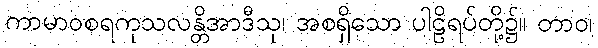
ကာမာဝစရကုသလန္တိအာဒီသု၊ အစရှိသော ပါဠိရပ်တို့၌။ တာဝ၊